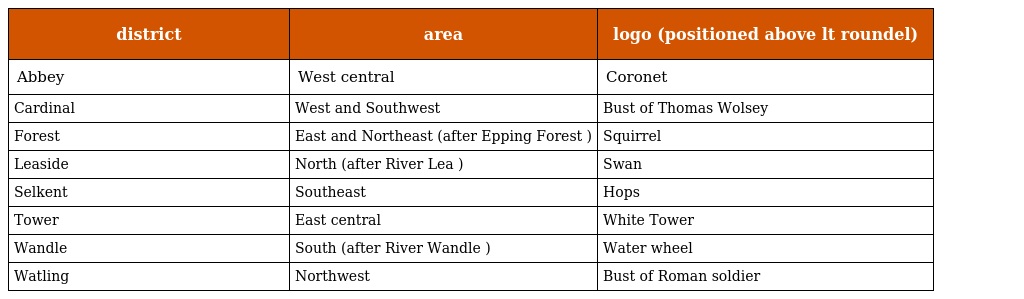
| district | area | logo (positioned above lt roundel) |
 | --- | --- | --- |
 | Abbey | West central | Coronet |
 | Cardinal | West and Southwest | Bust of Thomas Wolsey |
 | Forest | East and Northeast (after Epping Forest ) | Squirrel |
 | Leaside | North (after River Lea ) | Swan |
 | Selkent | Southeast | Hops |
 | Tower | East central | White Tower |
 | Wandle | South (after River Wandle ) | Water wheel |
 | Watling | Northwest | Bust of Roman soldier |